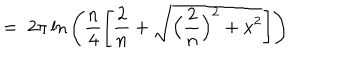
= \; 2 \pi \ln \Bigg ( \frac { n } { 4 } \Bigg [ \frac { 2 } { n } + \sqrt { \Big ( \frac { 2 } { n } \Big ) ^ { 2 } + x ^ { 2 } } \Bigg ] \Bigg )